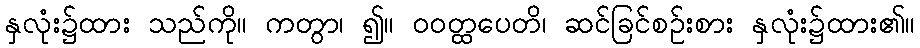
နှလုံး၌ထား သည်ကို။ ကတွာ၊ ၍။ ဝဝတ္ထပေတိ၊ ဆင်ခြင်စဉ်းစား နှလုံး၌ထား၏။